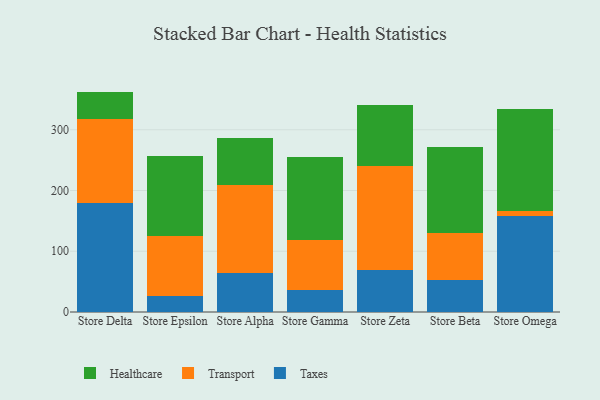
{"axis": {"x": "Store", "y": "Operating Costs (USD K)"}, "legend": ["Healthcare", "Taxes", "Transport"], "data": [{"x": "Store Delta", "y": 179.2, "type": "Taxes"}, {"x": "Store Delta", "y": 138.5, "type": "Transport"}, {"x": "Store Delta", "y": 45.1, "type": "Healthcare"}, {"x": "Store Epsilon", "y": 26.8, "type": "Taxes"}, {"x": "Store Epsilon", "y": 98.2, "type": "Transport"}, {"x": "Store Epsilon", "y": 132.5, "type": "Healthcare"}, {"x": "Store Alpha", "y": 64.4, "type": "Taxes"}, {"x": "Store Alpha", "y": 145.1, "type": "Transport"}, {"x": "Store Alpha", "y": 76.6, "type": "Healthcare"}, {"x": "Store Gamma", "y": 35.6, "type": "Taxes"}, {"x": "Store Gamma", "y": 82.7, "type": "Transport"}, {"x": "Store Gamma", "y": 136.4, "type": "Healthcare"}, {"x": "Store Zeta", "y": 68.6, "type": "Taxes"}, {"x": "Store Zeta", "y": 172.4, "type": "Transport"}, {"x": "Store Zeta", "y": 100.2, "type": "Healthcare"}, {"x": "Store Beta", "y": 53.3, "type": "Taxes"}, {"x": "Store Beta", "y": 76.6, "type": "Transport"}, {"x": "Store Beta", "y": 142.5, "type": "Healthcare"}, {"x": "Store Omega", "y": 157.9, "type": "Taxes"}, {"x": "Store Omega", "y": 9.0, "type": "Transport"}, {"x": "Store Omega", "y": 167.1, "type": "Healthcare"}]}